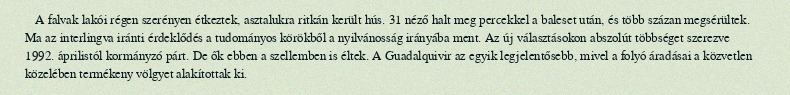
A falvak lakói régen szerényen étkeztek, asztalukra ritkán került hús. 31 néző halt meg percekkel a baleset után, és több százan megsérültek. Ma az interlingva iránti érdeklődés a tudományos körökből a nyilvánosság irányába ment. Az új választásokon abszolút többséget szerezve 1992. áprilistól kormányzó párt. De ők ebben a szellemben is éltek. A Guadalquivir az egyik legjelentősebb, mivel a folyó áradásai a közvetlen közelében termékeny völgyet alakítottak ki.